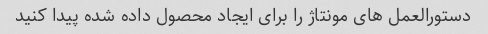
دستورالعمل های مونتاژ را برای ایجاد محصول داده شده پیدا کنید